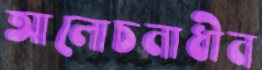
আলোচনাধীন